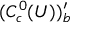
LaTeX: ( C _ { c } ^ { 0 } ( U ) ) _ { b } ^ { \prime }